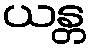
ယန္တ